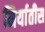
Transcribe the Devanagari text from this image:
निर्यातीस